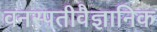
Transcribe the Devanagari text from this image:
वनस्पतीवैज्ञानिक